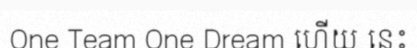
One Team One Dream ហើយ នេះ